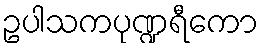
ဥပါသကပုဏ္ဍရီကော